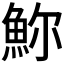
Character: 𩶗